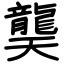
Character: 龑